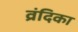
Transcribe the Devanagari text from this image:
व्रंदिका